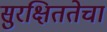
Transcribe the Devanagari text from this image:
सुरक्षिततेचा